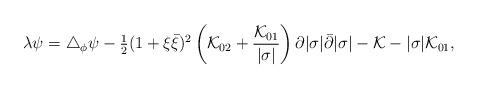
LaTeX: \begin{align*}\lambda\psi=\triangle_\phi\psi-{\textstyle{\frac{1}{2}}}(1+\xi\bar{\xi})^2 \left({\cal{K}}_{02}+\frac{{\cal{K}}_{01}}{|\sigma|}\right)\partial|\sigma|\bar{\partial}|\sigma|-{\cal K}-|\sigma|{\cal K}_{01},\end{align*}